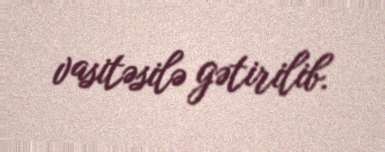
vasitəsilə gətirilib.